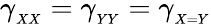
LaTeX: \gamma_{_{XX}}=\gamma_{_{YY}}=\gamma_{_{X=Y}}